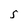
Character: S